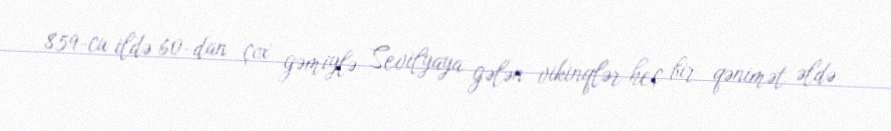
859-cu ildə 60-dan çox gəmiylə Sevilyaya gələn vikinqlər heç bir qənimət əldə